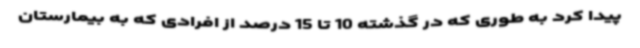
پیدا کرد به طوری که در گذشته 10 تا 15 درصد از افرادی که به بیمارستان